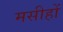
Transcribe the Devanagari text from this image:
मसीहों